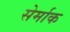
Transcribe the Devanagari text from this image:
सेर्माक